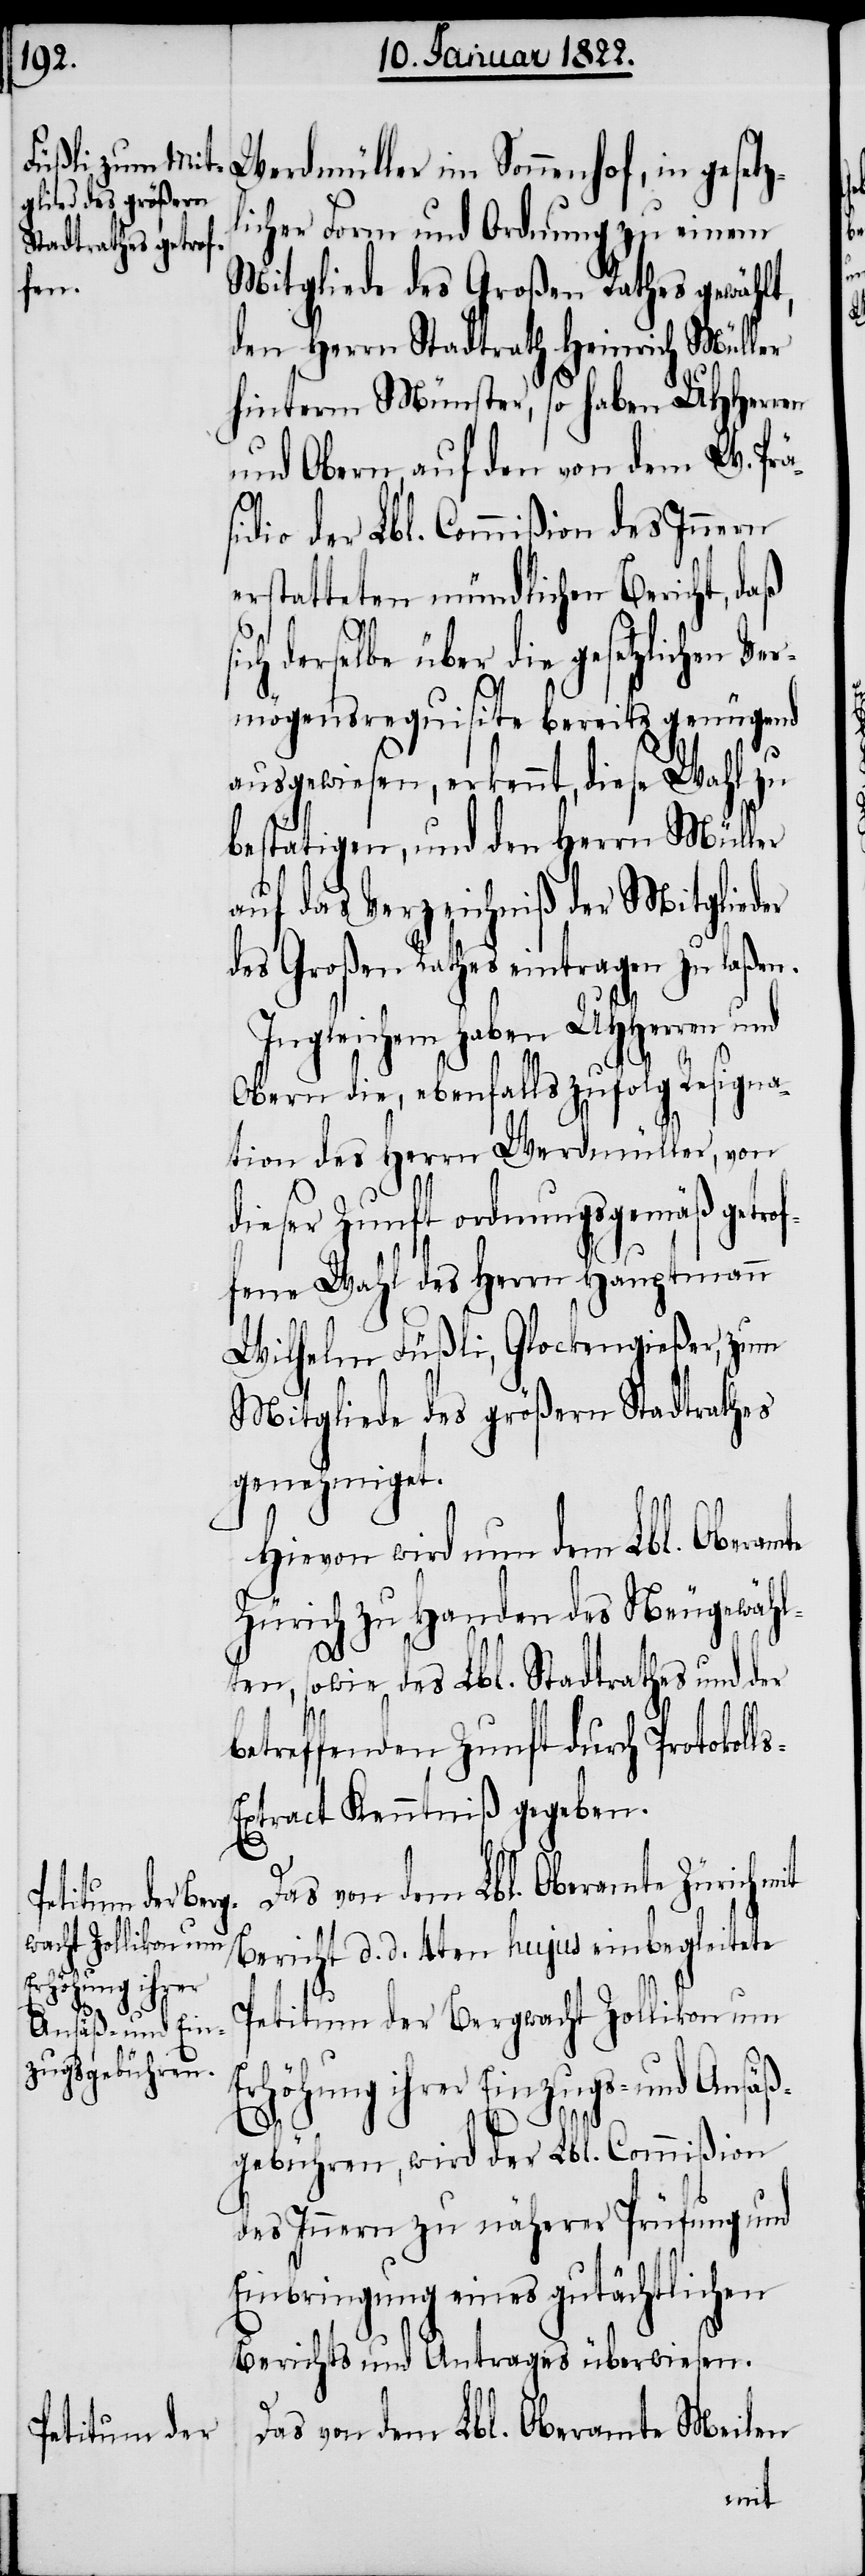
en¬

Werdmüller im Sonnenhof, in gesetz¬
licher Form und Ordnung zu einem
Mitgliede des Großen Rathes gewählt,
den Herrn Stadtrath Heinrich Müller
hinterm Münster, so haben UHHerren
und Obern, auf den von dem W. Prä¬
sidio der Lbl. Commißion des Innern
erstatteten mündlichen Bericht, daß
ch dieselbe über die gesetzlichen
mögensrequisite bereits genügend
ausgewiesen, erkennt, diese Wahl zu
bestätigen, und den Herrn Müller
auf das Verzeichniß der Mitglieder
des Großen Rathes eintragen zu laßen.
Ingleichem haben UHHerren und
Obern die, ebenfalls zufolg Resigna¬
tion des Herrn Werdmüller, von
dieser Zunft ordnungsgemäß getr¬
fene Wahl des Herrn Hauptmann
Wilhelm Füßli, Glockengießer, zum
Mitgliede des größern Stadtrathes
genehmiget.
Hievon wird nun dem Lbl. Obera¬
Zürich zu Handen des Neugewähl¬
si¬
ten, sowie des Lbl. Stadtrathes und der
betreffenden Zunft durch Protokol¬
xtract Kenntniß gegeben.
Das von dem Lbl. Oberamte Zürich
Bericht d. d. 4ten hujus einbegleitete
Petitum der Bergwacht Zollikon um
Erhöhung ihrer Einzugs- und Ansäß¬
gebühren, wird der Lbl. Commißion
des Innern zur nähern Prüfung und
Einbringung eines gutächtlichen
Berichts und Antrages überwiesen.
Das von dem Lbl. Oberamte Meilen
mit